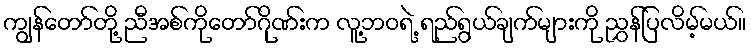
ကျွန်တော်တို့ ညီအစ်ကိုတော်ဂိုဏ်းက လူ့ဘဝရဲ့ ရည်ရွယ်ချက်များကို ညွှန်ပြလိမ့်မယ်။